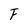
Character: F